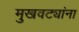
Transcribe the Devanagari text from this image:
मुखवट्यांना